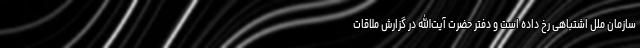
سازمان ملل اشتباهی رخ داده است و دفتر حضرت آیت‌الله در گزارش ملاقات